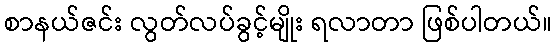
စာနယ်ဇင်း လွတ်လပ်ခွင့်မျိုး ရလာတာ ဖြစ်ပါတယ်။